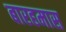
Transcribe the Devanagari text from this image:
बारहमास